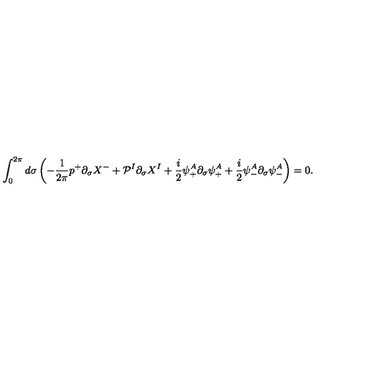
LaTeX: \int _ { 0 } ^ { 2 \pi } d \sigma \left( - \frac { 1 } { 2 \pi } p ^ { + } \partial _ { \sigma } X ^ { - } + { \cal P } ^ { I } \partial _ { \sigma } X ^ { I } + \frac { i } { 2 } \psi _ { + } ^ { A } \partial _ { \sigma } \psi _ { + } ^ { A } + \frac { i } { 2 } \psi _ { - } ^ { A } \partial _ { \sigma } \psi _ { - } ^ { A } \right) = 0 .